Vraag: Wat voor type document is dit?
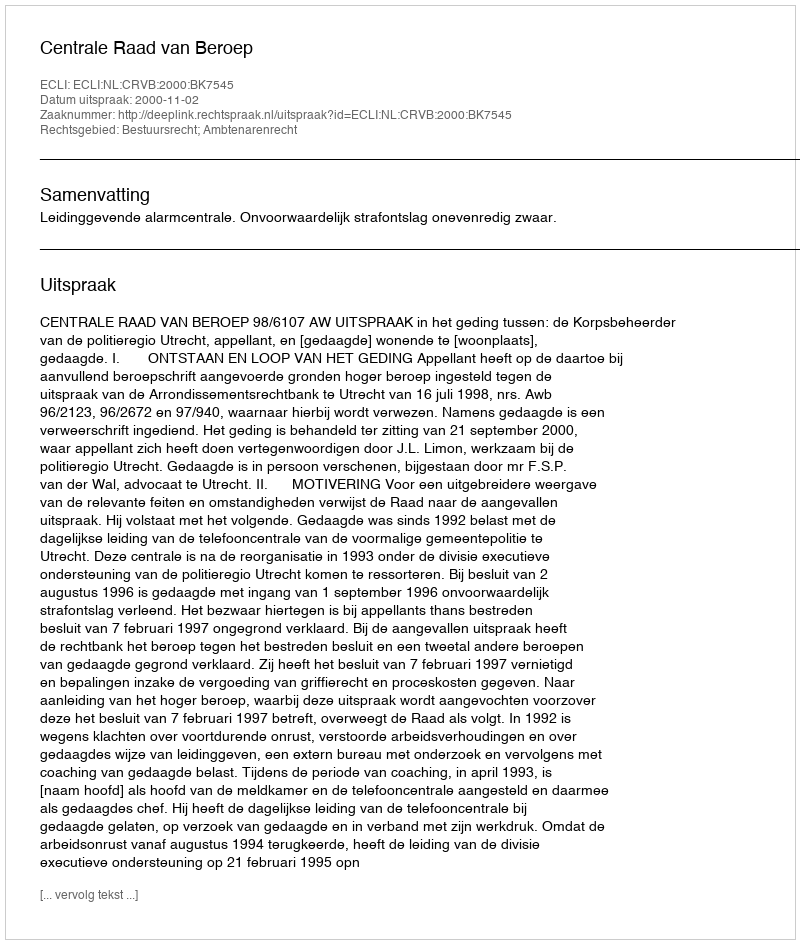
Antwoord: Uitspraak